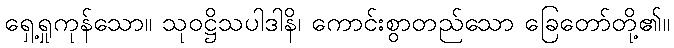
ရှေ့ရှုကုန်သော။ သုဝဋ္ဌိသပါဒါနိ၊ ကောင်းစွာတည်သော ခြေတော်တို့၏။